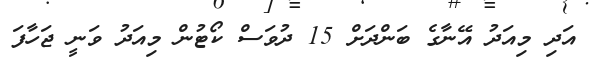
އަދި މިއަދު އޭނާގެ ބަންދަށް 15 ދުވަސް ކޯޓުން މިއަދު ވަނީ ޖަހާފަ